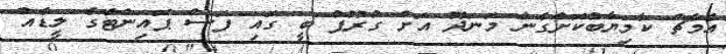
އެމެޗް ކާމިޔާބުކޮށްގެން މަނަދޫ އަށް ގުރޫޕް ބީ ގައި ފަސް ޕޮއިންޓްގެ ލީޑެއް